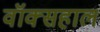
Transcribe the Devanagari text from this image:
वॉक्सहाल